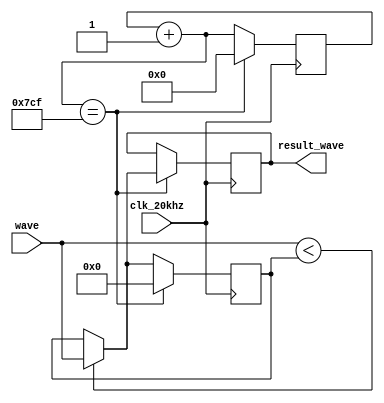
`timescale 1ns / 1ps
//////////////////////////////////////////////////////////////////////////////////
// Company: 
// Engineer: 
// 
// Design Name: 
// Module Name: my_running_min
// Project Name: 
// Target Devices: 
// Tool Versions: 
// Description: 
// 
// Dependencies: 
// 
// Revision:
// Revision 0.01 - File Created
// Additional Comments:
// 
//////////////////////////////////////////////////////////////////////////////////


module my_running_min(input clk_20khz, input [11:0] wave, output reg [11:0] result_wave);
reg[12:0] sub_clock; //this clock runs at 5hz
reg[11:0] temp_min;
initial begin
    result_wave = 0;
    sub_clock = 0;
    temp_min = 0;
end

always @(posedge clk_20khz) begin
    temp_min = (wave < temp_min) ? wave : temp_min;
    sub_clock = sub_clock + 1;
    if(sub_clock == 1999)
        begin
            //reset the sub_clock
            sub_clock = 0;
            //set the result_wave
            result_wave = temp_min;
            //reset the temp_max which wont affect result_wave
            temp_min = 0;
        end
end
endmodule